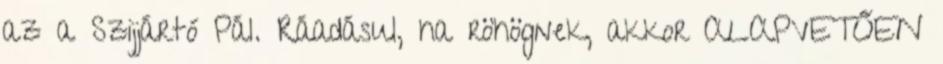
az a Szijjártó Pál. Ráadásul, ha röhögnek, akkor ALAPVETŐEN